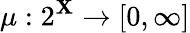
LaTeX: \mu:2^{\mathbf{X}}\to[0,\infty]